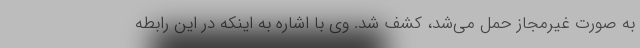
به صورت غیرمجاز حمل می‌شد، کشف شد. وی با اشاره به اینکه در این رابطه